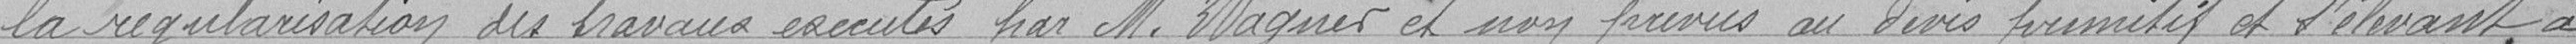
la régularisation des travaux exécutés par M. Wagner et non prévus au devis primitif et s'élevant à